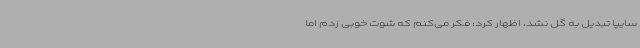
سایپا تبدیل به گل نشد، اظهار کرد: فکر می‌کنم که شوت خوبی زدم اما